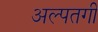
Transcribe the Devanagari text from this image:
अल्पतगी